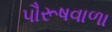
પૌરૂષવાળા